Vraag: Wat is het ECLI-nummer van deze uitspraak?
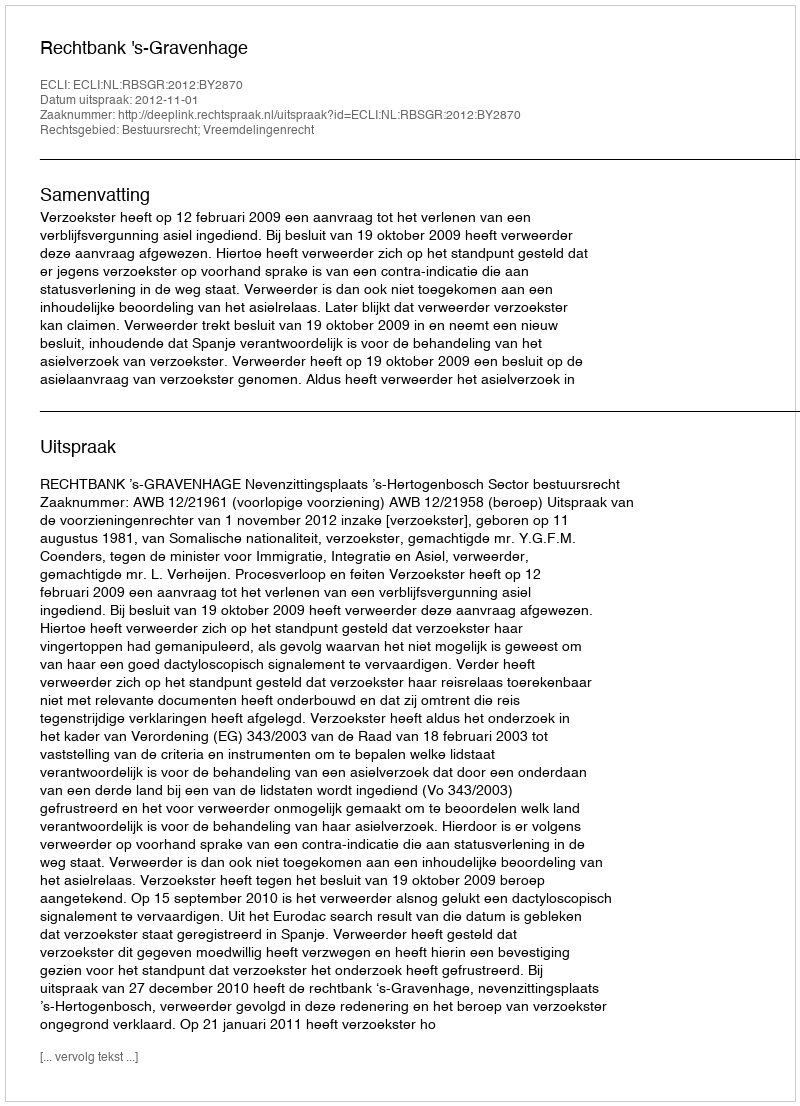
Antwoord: ECLI:NL:RBSGR:2012:BY2870